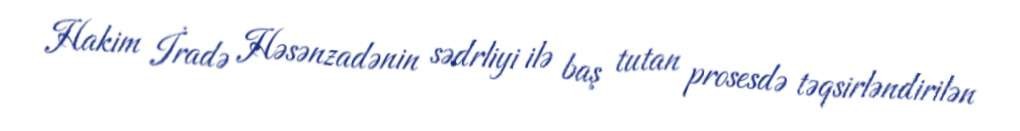
Hakim İradə Həsənzadənin sədrliyi ilə baş tutan prosesdə təqsirləndirilən